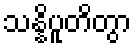
သန္နိပူတိတွာ